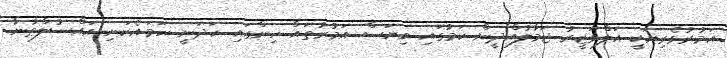
އަމުރުވެރިޔަކީ އަލްވަޒީރު ޖަމާލުއްދީން ކަމުގައި ވިޔަސް އަމުރުތައް ހިންގައި ހަދަނީ ހަމައެކަނި އައްސުލްޠާނާ